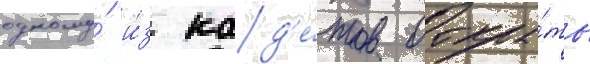
одному́ и́з кад'е́тов откры́ть